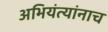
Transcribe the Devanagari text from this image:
अभियंत्यांनाच